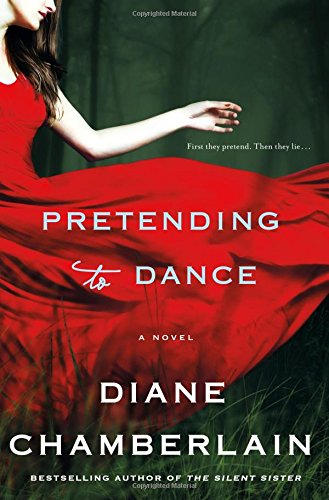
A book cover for Pretending to Dance: A Novel; Diane Chamberlain; Mystery, Thriller & Suspense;